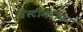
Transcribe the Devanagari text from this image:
वेस्टीमेंटीफेरा